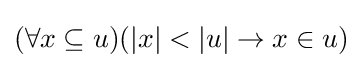
(\forall x\subseteq u)(|x|<|u|\to x\in u)